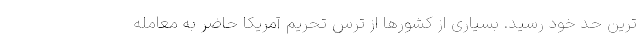
ترین حد خود رسید. بسیاری از کشورها از ترس تحریم آمریکا حاضر به معامله